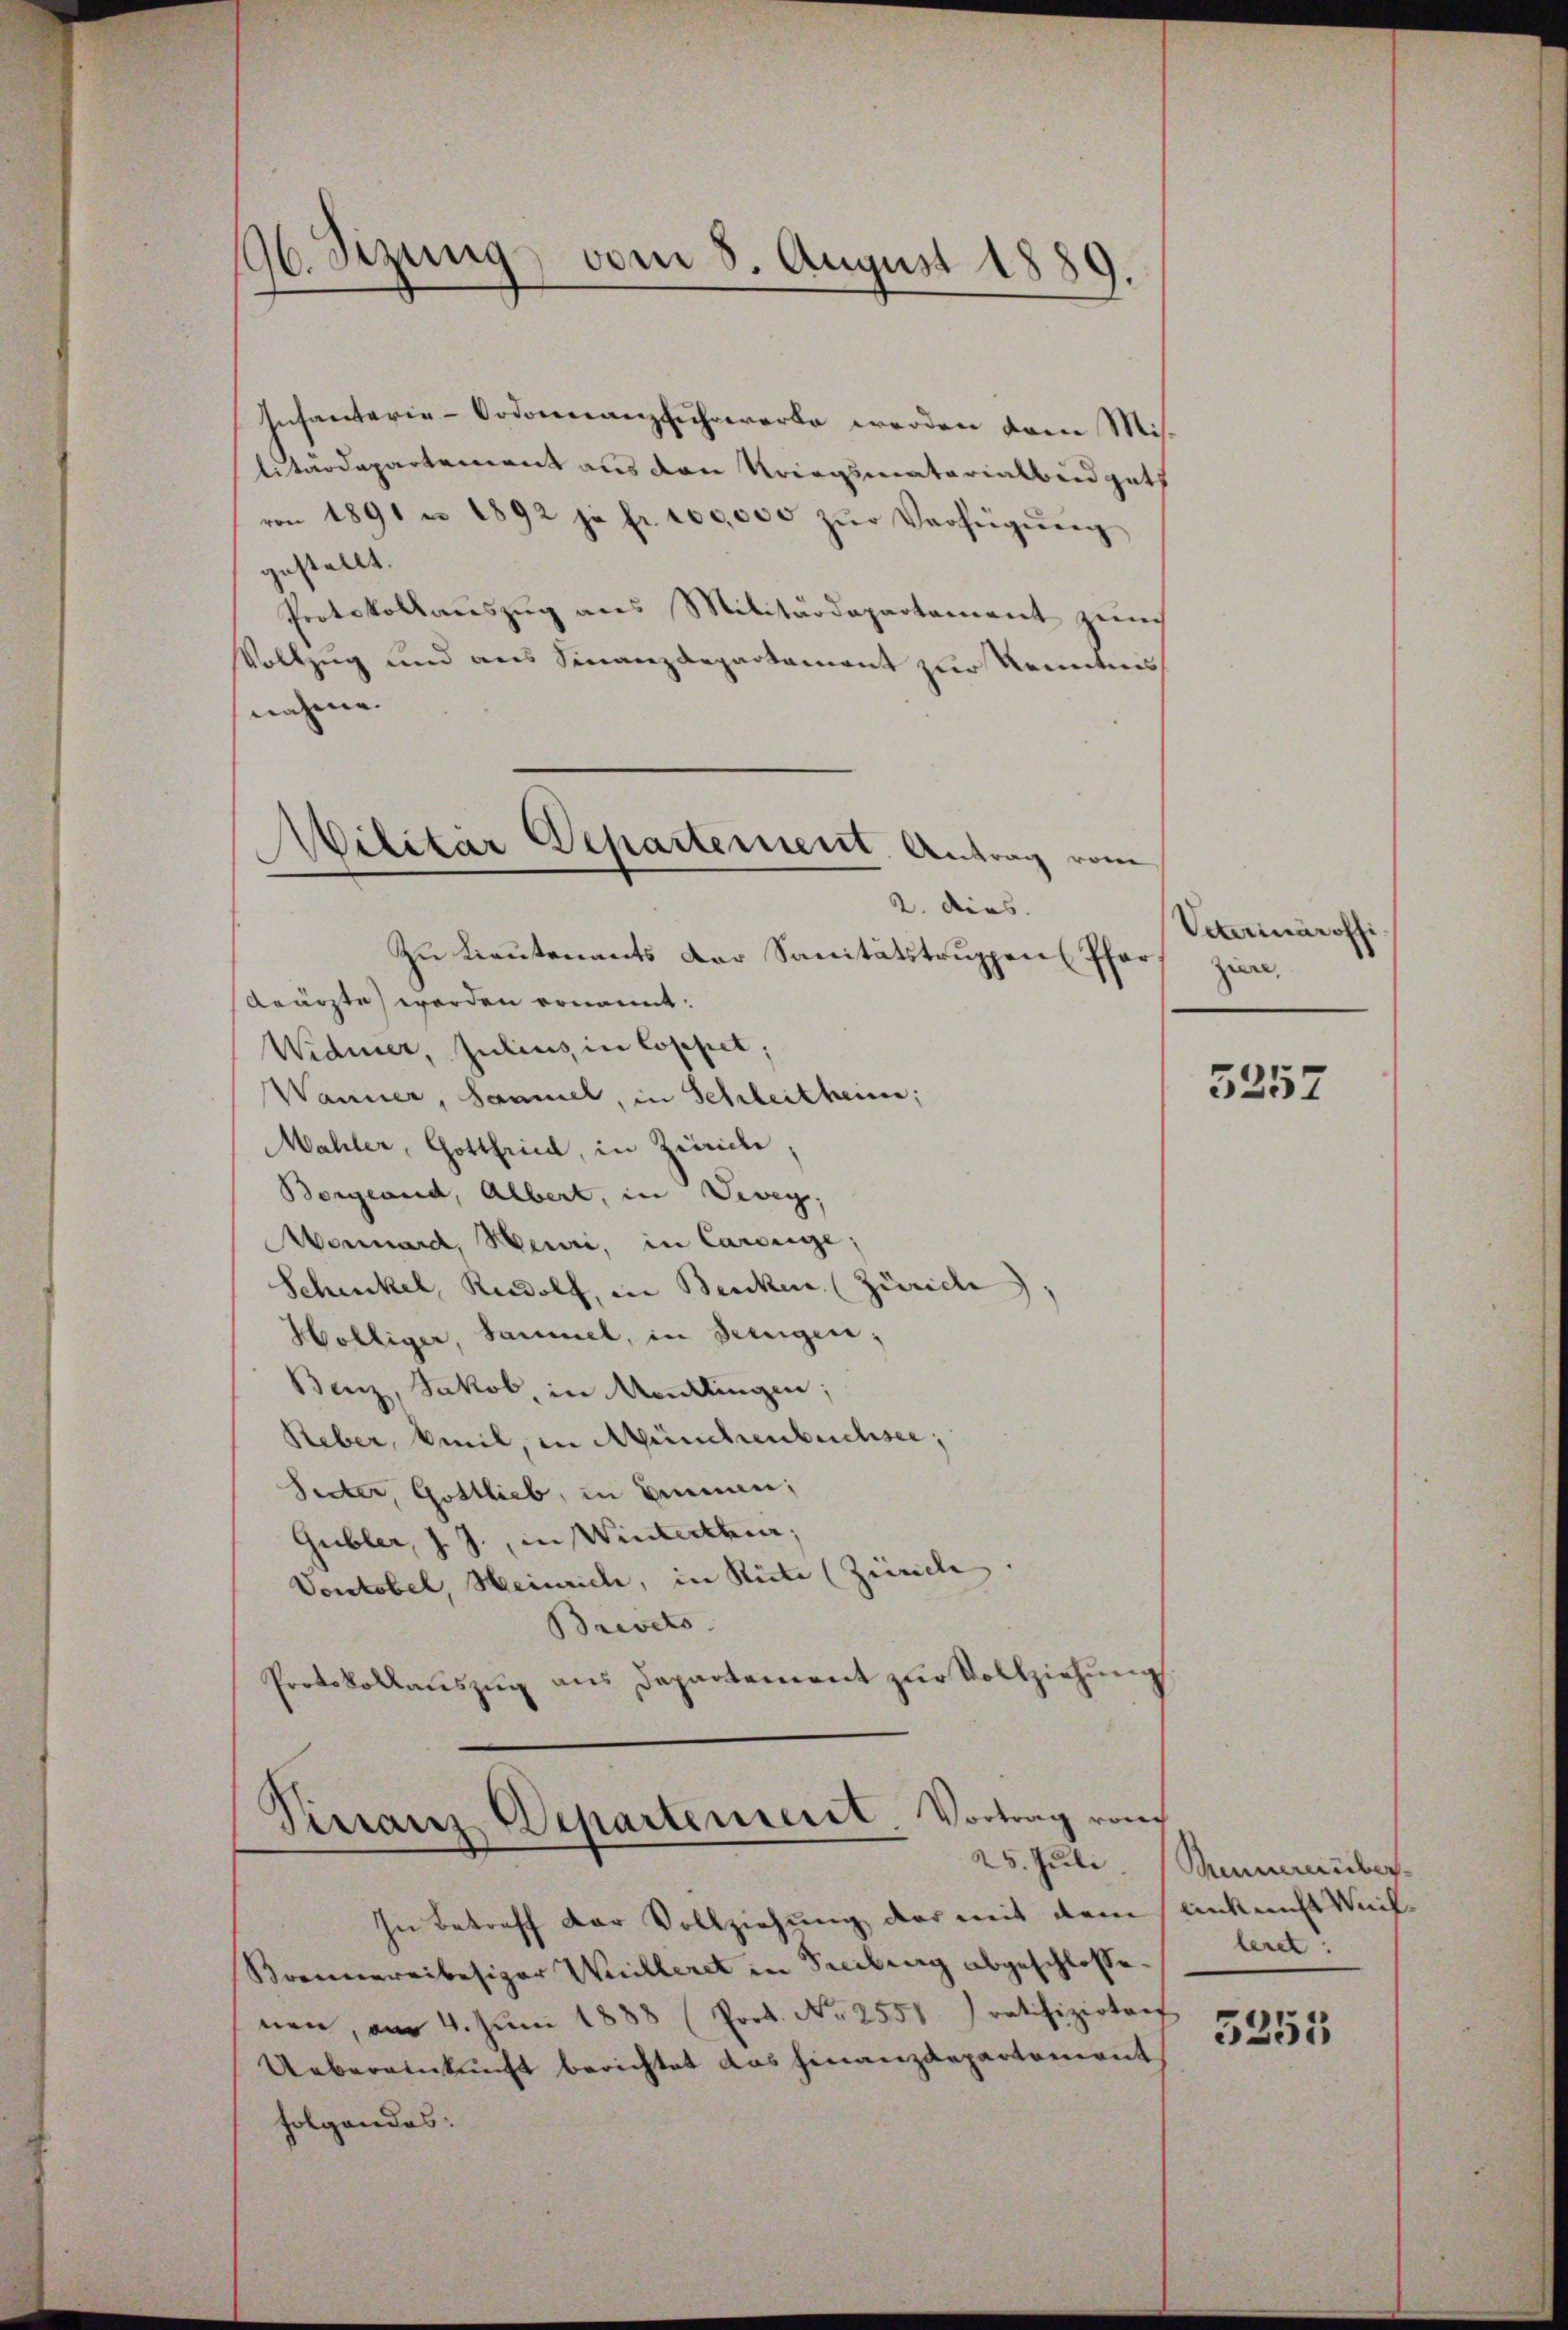
96. Sizung vom 8. August 1889.

Infanterie-Ordonnanzzuhrererbe werden dem Mis-
litärdepartement aus den Kriegsmatarialbüdgets
von 1891 u 1892 ja fr. 100,000 zŭr Verfügŭng
gestellt.
Protokollauszug aus Militärdepartement zum
Vollzug und aus Finanzdepartament zur Kenntnis
nahme.
2. Diens.
Zu Lieutenants der Sanitätstruppen Pfar¬
Arärzte worden ernannt.
Widmer, Julius in Coppel,
Wanner, Sammel, in Schleithern;
Mahler, Gottfried, in Zürich,
Borgend, Albert, in Vevey
Mornard, Meuri, in Cardege;
Schickel, Rudolf, in Benken (Zürich,
Wölliger, Sammel, in Seinigen,
Benz, Jakob, in Mondlingen;
Reber, weil, in Münchenbuchsee,
Sider, Gottlieb, in Bennen;
Gubler, J. J., in Winterthur,
Vontobel, Heinrich, in Rüste (Zürich
Brevets
Protokollauszug aus Departement zur Vollziehung

Wilitar Departement. Antrag vom

Vinanz-Departement. Vortrag von

In Betreff der Vollziehung der mit dem Ankunft Weil¬
Brennereibesizer Willeret in Freiburg abgeschlossenen, am 4. Jŭni 1888 (Prot. No 2551. ratifizirtenf
Uebereinkunft berichtet das Finanzdepartement
folgendes:

Veterinäroffi
ziere,

3257

25. Juli Mannereinber
lert!

5255